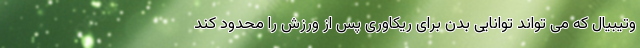
وتیبیال که می تواند توانایی بدن برای ریکاوری پس از ورزش را محدود کند